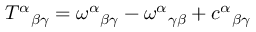
T ^ { \alpha } { } _ { \beta \gamma } = \omega ^ { \alpha } { } _ { \beta \gamma } - \omega ^ { \alpha } { } _ { \gamma \beta } + c ^ { \alpha } { } _ { \beta \gamma }